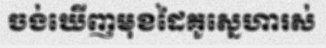
ចង់ឃើញមុខដៃគូស្នេហារស់